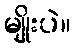
မျိုးပဲ။